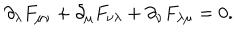
LaTeX: { \partial _ { \lambda } } F _ { \mu \nu } + { \partial _ { \mu } } F _ { \nu \lambda } + { \partial _ { \nu } } F _ { \lambda \mu } = 0 .